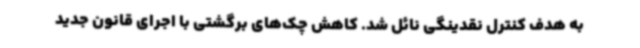
به هدف کنترل نقدینگی نائل شد. کاهش چک‌های برگشتی با اجرای قانون جدید